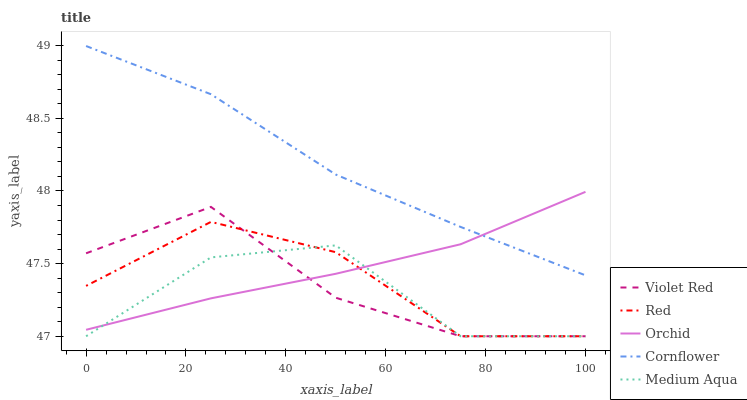
| xaxis_label | Violet Red | Red | Orchid | Cornflower | Medium Aqua |
 | --- | --- | --- | --- | --- | --- |
 | 0 | 47.6 | 47.3 | 47 | 49 | 47 |
 | 25 | 47.9 | 47.8 | 47.3 | 48.7 | 47.5 |
 | 50 | 47.3 | 47.6 | 47.4 | 48.1 | 47.6 |
 | 75 | 47 | 47 | 47.6 | 47.8 | 47 |
 | 100 | 47 | 47 | 48 | 47.4 | 47 |